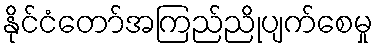
နိုင်ငံတော်အကြည်ညိုပျက်စေမှု